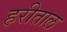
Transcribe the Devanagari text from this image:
हरीताल